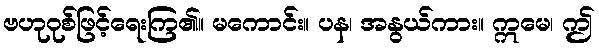
ဗဟုဝုစ်ဖြင့်ရေးကြ၏။ မကောင်း။ ပန၊ အနွယ်ကား။ ဣမေ၊ ဤ